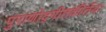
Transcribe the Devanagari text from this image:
पुराणोद्गीतकीर्तयः